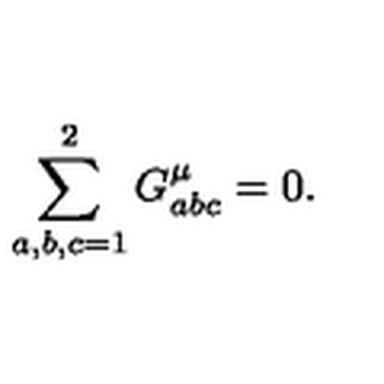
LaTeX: \sum _ { a , b , c = 1 } ^ { 2 } G _ { a b c } ^ { \mu } = 0 .